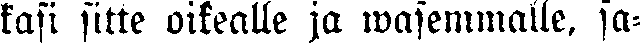
kasi sitte oikealle ja wasemmalle, sa-